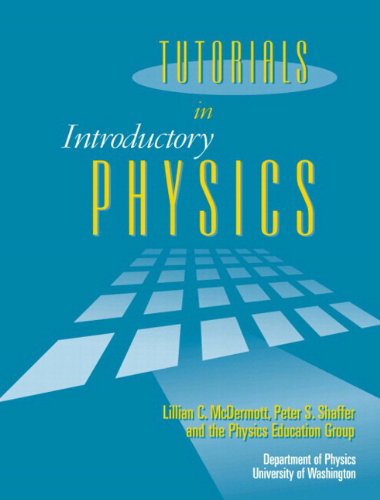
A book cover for Tutorials In Introductory Physics and Homework Package; Lillian C. McDermott; Science & Math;